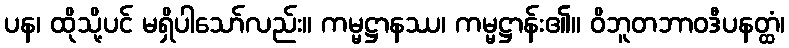
ပန၊ ထိုသို့ပင် မရှိပါသော်လည်း။ ကမ္မဋ္ဌာနဿ၊ ကမ္မဋ္ဌာန်း၏။ ဝိဘူတဘာဝဒီပနတ္ထံ၊